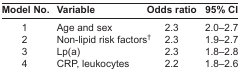
| Model No. | Variable | Odds ratio | 95% CI |
 | --- | --- | --- | --- |
 | 1 | Age and sex | 2.3 | 2.0–2.7 |
 | 2 | Non-lipid risk factors† | 2.3 | 1.9–2.7 |
 | 3 | Lp(a) | 2.3 | 1.8–2.8 |
 | 4 | CRP, leukocytes | 2.2 | 1.8–2.6 |